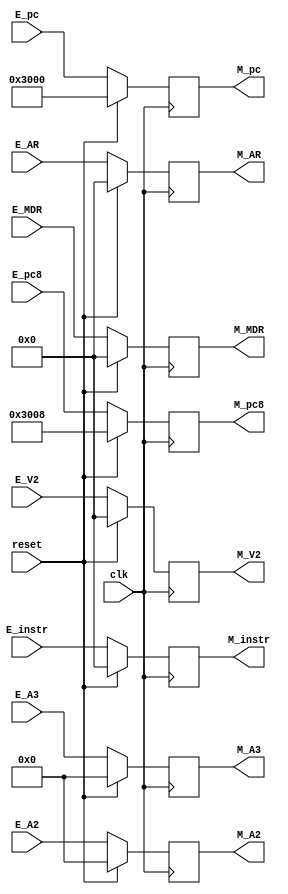
module M_Reg (
    //input
    input clk,
    input reset,
    input [31:0] E_instr,
    input [4:0] E_A2,
    input [4:0] E_A3,
    input [31:0] E_AR,
	 input [31:0] E_MDR,
    input [31:0] E_V2,
    input [31:0] E_pc8,
    input [31:0] E_pc,
    //output
    output [31:0] M_instr,
    output [4:0] M_A2,
    output [4:0] M_A3,
    output [31:0] M_AR,
	 output [31:0] M_MDR,
    output [31:0] M_V2,
    output [31:0] M_pc8,
    output [31:0] M_pc 
);

//temp
reg [31:0] M_instr_reg,M_AR_reg,M_MDR_reg,M_V2_reg,M_pc8_reg,M_pc_reg ;
reg [4:0] M_A2_reg,M_A3_reg;

always @(posedge clk ) begin
    if (reset) begin
        M_instr_reg <= 32'h0000_0000;
        M_A2_reg <= 5'b00000;
        M_A3_reg <= 5'b00000;
        M_AR_reg <= 32'h0000_0000;
		  M_MDR_reg <= 32'h0000_0000;
        M_V2_reg <= 32'h0000_0000;
        M_pc8_reg <= 32'h0000_3008;
        M_pc_reg <= 32'h0000_3000;
    end
    else begin
        M_instr_reg <= E_instr;
        M_AR_reg <= E_AR;
		  M_MDR_reg <= E_MDR;
        M_A3_reg <= E_A3;
        M_A2_reg <= E_A2;
        M_V2_reg <= E_V2;
        M_pc8_reg <= E_pc8;
        M_pc_reg <= E_pc;
    end
end

assign M_instr = M_instr_reg;
assign M_A2 = M_A2_reg;
assign M_A3 = M_A3_reg;
assign M_AR = M_AR_reg;
assign M_MDR = M_MDR_reg;
assign M_V2 = M_V2_reg;
assign M_pc8 = M_pc8_reg;
assign M_pc = M_pc_reg; 
    
endmodule